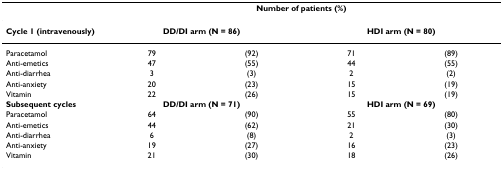
<table><thead><tr><td></td><td colspan="4"><b>Number of patients (%)</b></td></tr></thead><tbody><tr><td><b>Cycle 1 (intravenously)</b></td><td colspan="2"><b>DD/DI arm (N = 86)</b></td><td colspan="2"><b>HDI arm (N = 80)</b></td></tr><tr><td>Paracetamol</td><td>79</td><td>(92)</td><td>71</td><td>(89)</td></tr><tr><td>Anti-emetics</td><td>47</td><td>(55)</td><td>44</td><td>(55)</td></tr><tr><td>Anti-diarrhea</td><td>3</td><td>(3)</td><td>2</td><td>(2)</td></tr><tr><td>Anti-anxiety</td><td>20</td><td>(23)</td><td>15</td><td>(19)</td></tr><tr><td>Vitamin</td><td>22</td><td>(26)</td><td>15</td><td>(19)</td></tr><tr><td><b>Subsequent cycles</b></td><td colspan="2"><b>DD/DI arm (N = 71)</b></td><td colspan="2"><b>HDI arm (N = 69)</b></td></tr><tr><td>Paracetamol</td><td>64</td><td>(90)</td><td>55</td><td>(80)</td></tr><tr><td>Anti-emetics</td><td>44</td><td>(62)</td><td>21</td><td>(30)</td></tr><tr><td>Anti-diarrhea</td><td>6</td><td>(8)</td><td>2</td><td>(3)</td></tr><tr><td>Anti-anxiety</td><td>19</td><td>(27)</td><td>16</td><td>(23)</td></tr><tr><td>Vitamin</td><td>21</td><td>(30)</td><td>18</td><td>(26)</td></tr></tbody></table>